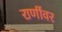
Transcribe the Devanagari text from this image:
राणींवर